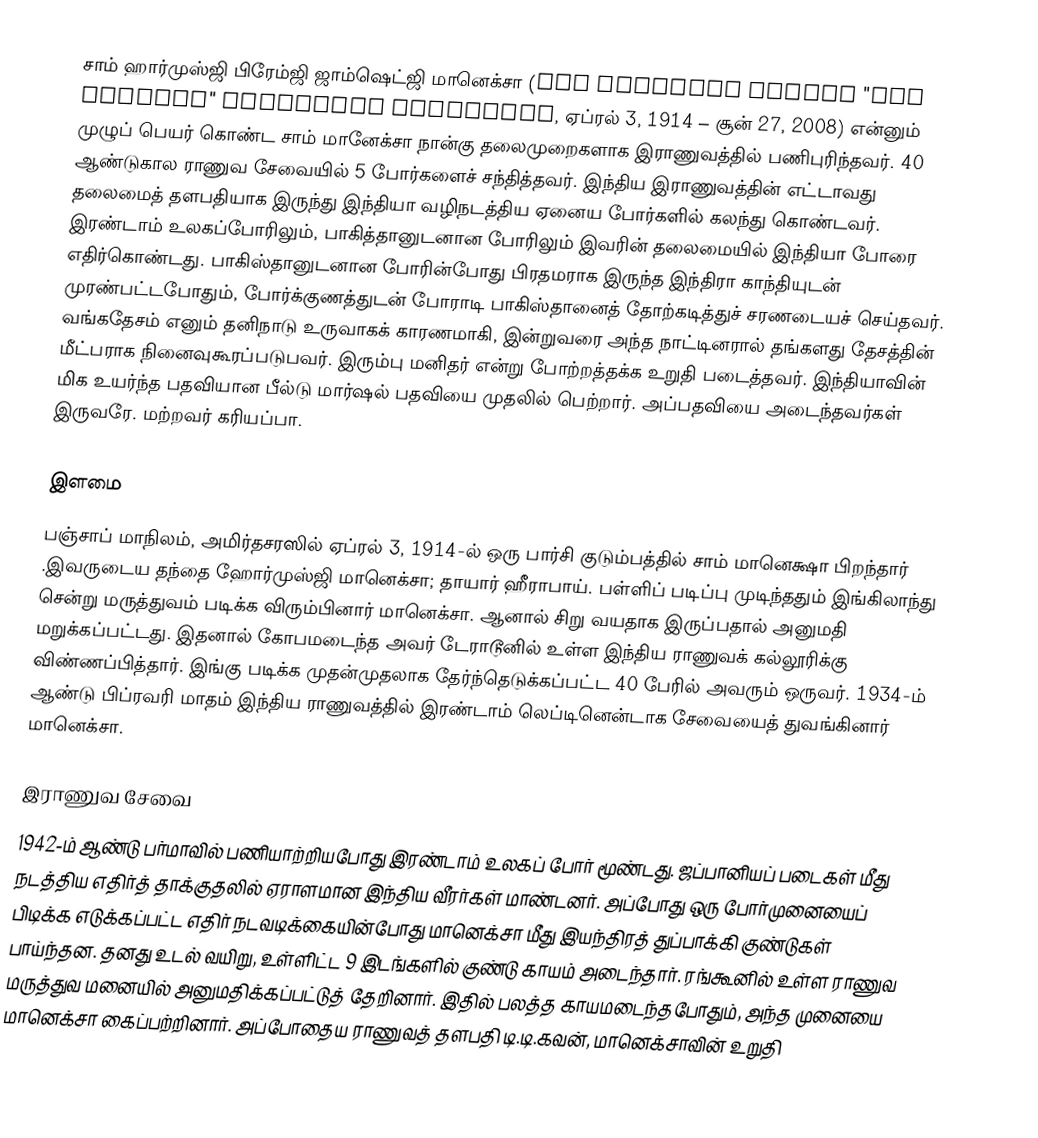
சாம் ஹார்முஸ்ஜி பிரேம்ஜி ஜாம்ஷெட்ஜி மானெக்சா (Sam Hormusji Framji "Sam Bahadur" Jamshedji Manekshaw, ஏப்ரல் 3, 1914 – சூன் 27, 2008) என்னும் முழுப் பெயர் கொண்ட சாம் மானேக்சா நான்கு தலைமுறைகளாக இராணுவத்தில் பணிபுரிந்தவர். 40 ஆண்டுகால ராணுவ சேவையில் 5 போர்களைச் சந்தித்தவர். இந்திய இராணுவத்தின் எட்டாவது தலைமைத் தளபதியாக இருந்து இந்தியா வழிநடத்திய ஏனைய போர்களில் கலந்து கொண்டவர்.  இரண்டாம் உலகப்போரிலும், பாகித்தானுடனான போரிலும் இவரின் தலைமையில் இந்தியா போரை எதிர்கொண்டது. பாகிஸ்தானுடனான போரின்போது பிரதமராக இருந்த இந்திரா காந்தியுடன் முரண்பட்டபோதும்,  போர்க்குணத்துடன் போராடி பாகிஸ்தானைத் தோற்கடித்துச் சரணடையச் செய்தவர். வங்கதேசம் எனும் தனிநாடு உருவாகக் காரணமாகி,  இன்றுவரை அந்த நாட்டினரால் தங்களது தேசத்தின் மீட்பராக நினைவுகூரப்படுபவர். இரும்பு மனிதர் என்று போற்றத்தக்க உறுதி படைத்தவர். இந்தியாவின் மிக உயர்ந்த பதவியான பீல்டு மார்ஷல் பதவியை முதலில் பெற்றார். அப்பதவியை அடைந்தவர்கள் இருவரே. மற்றவர் கரியப்பா.

இளமை
பஞ்சாப் மாநிலம், அமிர்தசரஸில் ஏப்ரல் 3, 1914-ல்  ஒரு பார்சி குடும்பத்தில் சாம் மானெக்ஷா பிறந்தார் .இவருடைய தந்தை ஹோர்முஸ்ஜி மானெக்சா; தாயார் ஹீராபாய். பள்ளிப் படிப்பு முடிந்ததும் இங்கிலாந்து சென்று மருத்துவம் படிக்க விரும்பினார் மானெக்சா. ஆனால் சிறு வயதாக இருப்பதால் அனுமதி மறுக்கப்பட்டது. இதனால் கோபமடைந்த அவர் டேராடூனில் உள்ள இந்திய ராணுவக் கல்லூரிக்கு விண்ணப்பித்தார். இங்கு படிக்க முதன்முதலாக தேர்ந்தெடுக்கப்பட்ட 40 பேரில் அவரும் ஒருவர். 1934-ம் ஆண்டு பிப்ரவரி மாதம் இந்திய ராணுவத்தில் இரண்டாம் லெப்டினென்டாக சேவையைத் துவங்கினார் மானெக்சா.

இராணுவ சேவை
1942-ம் ஆண்டு பர்மாவில் பணியாற்றியபோது இரண்டாம் உலகப் போர் மூண்டது. ஜப்பானியப் படைகள் மீது நடத்திய எதிர்த்  தாக்குதலில் ஏராளமான இந்திய வீரர்கள் மாண்டனர். அப்போது ஒரு போர்முனையைப் பிடிக்க எடுக்கப்பட்ட எதிர் நடவடிக்கையின்போது மானெக்சா மீது இயந்திரத் துப்பாக்கி குண்டுகள் பாய்ந்தன. தனது உடல் வயிறு, உள்ளிட்ட 9 இடங்களில் குண்டு காயம் அடைந்தார். ரங்கூனில் உள்ள ராணுவ மருத்துவ மனையில் அனுமதிக்கப்பட்டுத் தேறினார். இதில் பலத்த காயமடைந்தபோதும், அந்த முனையை மானெக்சா கைப்பற்றினார். அப்போதைய ராணுவத் தளபதி டி.டி.கவன், மானெக்சாவின் உறுதி